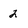
Character: 2